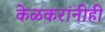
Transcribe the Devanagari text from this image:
केळकरांनीही